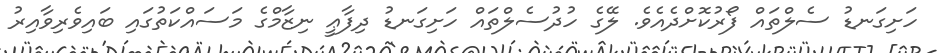
ހަށިގަނޑު ސެލްތައް ފޯރުކޮށްދެއެވެ. ލޭގެ ހުދުސެލްތައް ހަށިގަނޑު ދިފާޢީ ނިޒާމްގެ މަސައްކަތުގައި ބައިވެރިވާއިރު